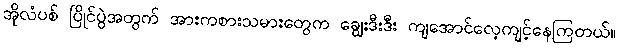
အိုလံပစ် ပြိုင်ပွဲအတွက် အားကစားသမားတွေက ချွေးဒီးဒီး ကျအောင်လေ့ကျင့်နေကြတယ်။